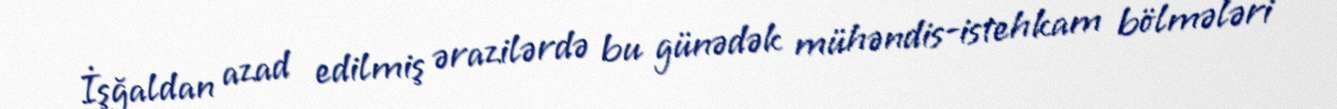
İşğaldan azad edilmiş ərazilərdə bu günədək mühəndis-istehkam bölmələri